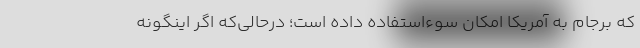
که برجام به آمریکا امکان سوءاستفاده داده است؛ درحالی‌که اگر اینگونه